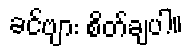
ခင်ဗျား စိတ်ချပါ။